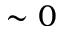
\sim 0